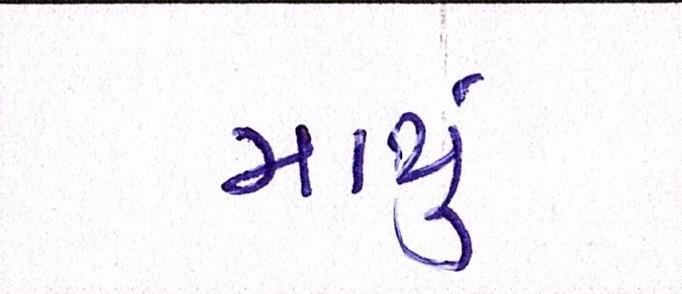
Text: માથું